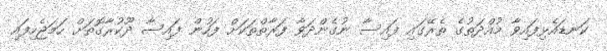
ކަނޑައެޅިފައިވާ މުއްދަތުގެ ތެރޭގައި ފައިސާ ނުގެންދަވާ ފަރާތްތަކަށް ފަހުން ފައިސާ ދޫކުރާގޮތަށް ހަމަޖެހިފައި